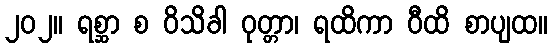
၂၀၂။ ရစ္ဆာ စ ဝိသိခါ ဝုတ္တာ၊ ရထိကာ ဝီထိ စာပျထ။